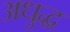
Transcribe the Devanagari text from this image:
अधुद्ध